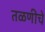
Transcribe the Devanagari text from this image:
तळणीचे